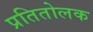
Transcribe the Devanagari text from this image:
प्रतितोलक